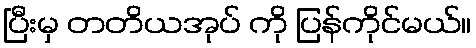
ပြီးမှ တတိယအုပ် ကို ပြန်ကိုင်မယ်။